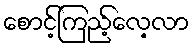
စောင့်ကြည့်လေ့လာ